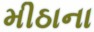
મીઠાના